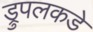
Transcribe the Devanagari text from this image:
ड्रुपलकडे